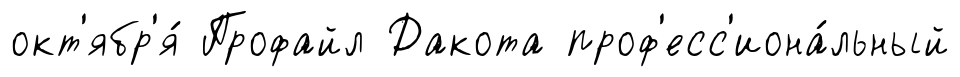
окт'ябр'я́ Профайл Дакота проф'есс'иона́льный